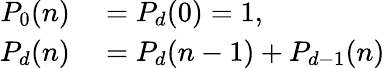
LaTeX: \begin{array}{rl}{P_{0}(n)}&{{}=P_{d}(0)=1,}\\ {P_{d}(n)}&{{}=P_{d}(n-1)+P_{d-1}(n)}\end{array}